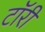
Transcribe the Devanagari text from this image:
टॉरी